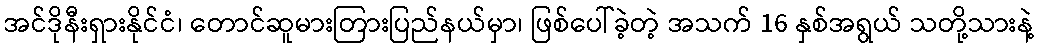
အင်ဒိုနီးရှားနိုင်ငံ၊ တောင်ဆူမားတြားပြည်နယ်မှာ၊ ဖြစ်ပေါ်ခဲ့တဲ့ အသက် 16 နှစ်အရွယ် သတို့သားနဲ့